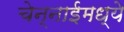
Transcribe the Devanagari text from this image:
चेन्नाईमध्ये